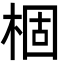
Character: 棝